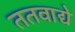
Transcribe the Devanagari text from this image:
ततवाद्ये